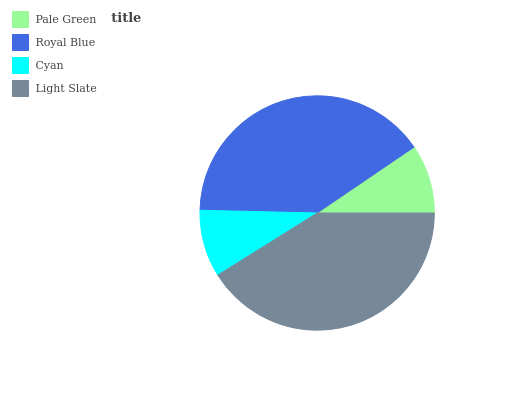
| Pale Green | Royal Blue | Cyan | Light Slate |
 | --- | --- | --- | --- |
 | 9.51% | 40.1% | 9.27% | 41.1% |